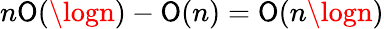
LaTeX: n\mathsf{O}(\logn)-\mathsf{O}(n)=\mathsf{O}(n\logn)